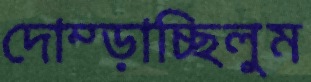
দোম্‌ড়াচ্ছিলুম